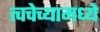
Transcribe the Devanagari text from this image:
त्वचेच्यामध्ये